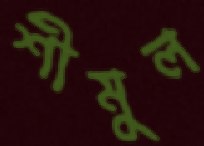
শীমুল